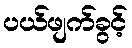
ပယ်ဖျက်ခွင့်